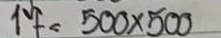
17 = 500 x 500